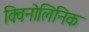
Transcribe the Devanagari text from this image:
क्विनोलिनिक